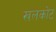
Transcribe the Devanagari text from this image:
खलकोट